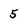
Character: 5